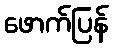
ဖောက်ပြန်